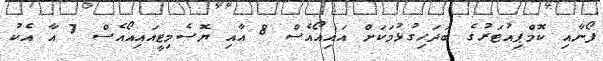
ފޯނާއި ކޮމްޕިއުޓަރުގެ ބަދަހިގުޅުމަކަށް އައިއޯއެސް 8 އާއި ޔޮސެމިޓީއައިއޯއެސް 7 އާ އެކު